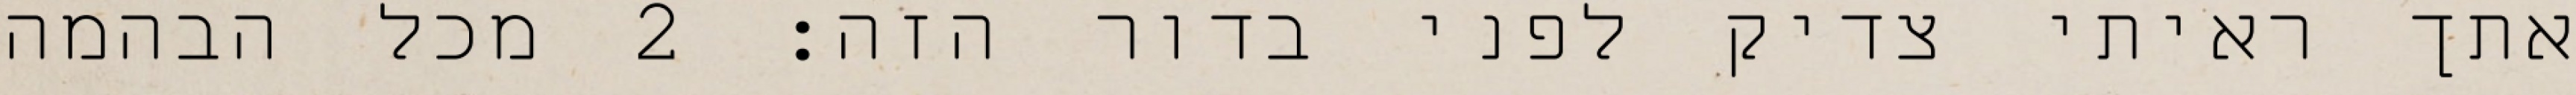
אתך ראיתי צדיק לפני בדור הזה׃ ‎2‏ מכל הבהמה